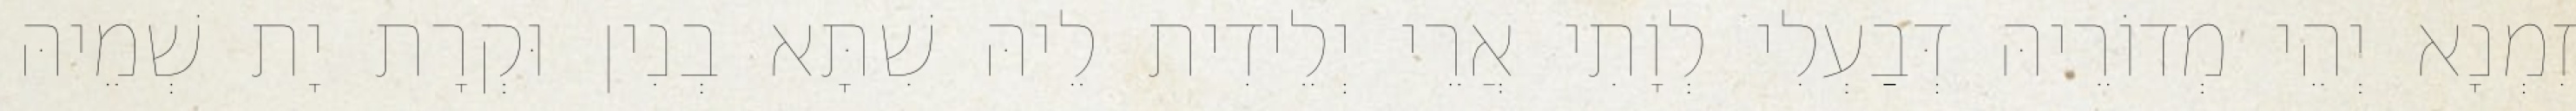
זִמְנָא יְהֵי מְדוֹרֵיהּ דְּבַעְלִי לְוָתִי אֲרֵי יְלֵידִית לֵיהּ שִׁתָּא בְנִין וּקְרָת יָת שְׁמֵיהּ